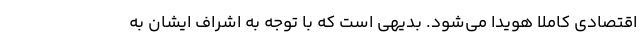
اقتصادی کاملا هویدا می‌شود. بدیهی است که با توجه به اشراف ایشان به